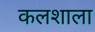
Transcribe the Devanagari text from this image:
कलशाला